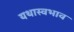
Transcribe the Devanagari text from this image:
यथास्वभाव